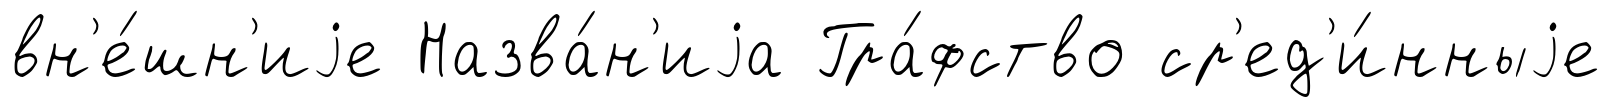
вн'е́шн'иjе Назва́н'иjа Гра́фство ср'ед'и́нныjе